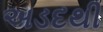
અડદથી